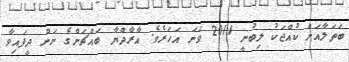
ބަތަލާއަށް ކުއްޖަކު ލިބުނީ 2011 ވަނަ އަހަރެވެ. އާރާދްޔާ ބައްޗަންގެ ނަން ދީފައިވާ